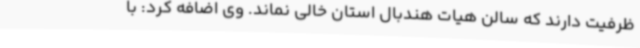
ظرفیت دارند که سالن هیات هندبال استان خالی نماند. وی اضافه کرد: با